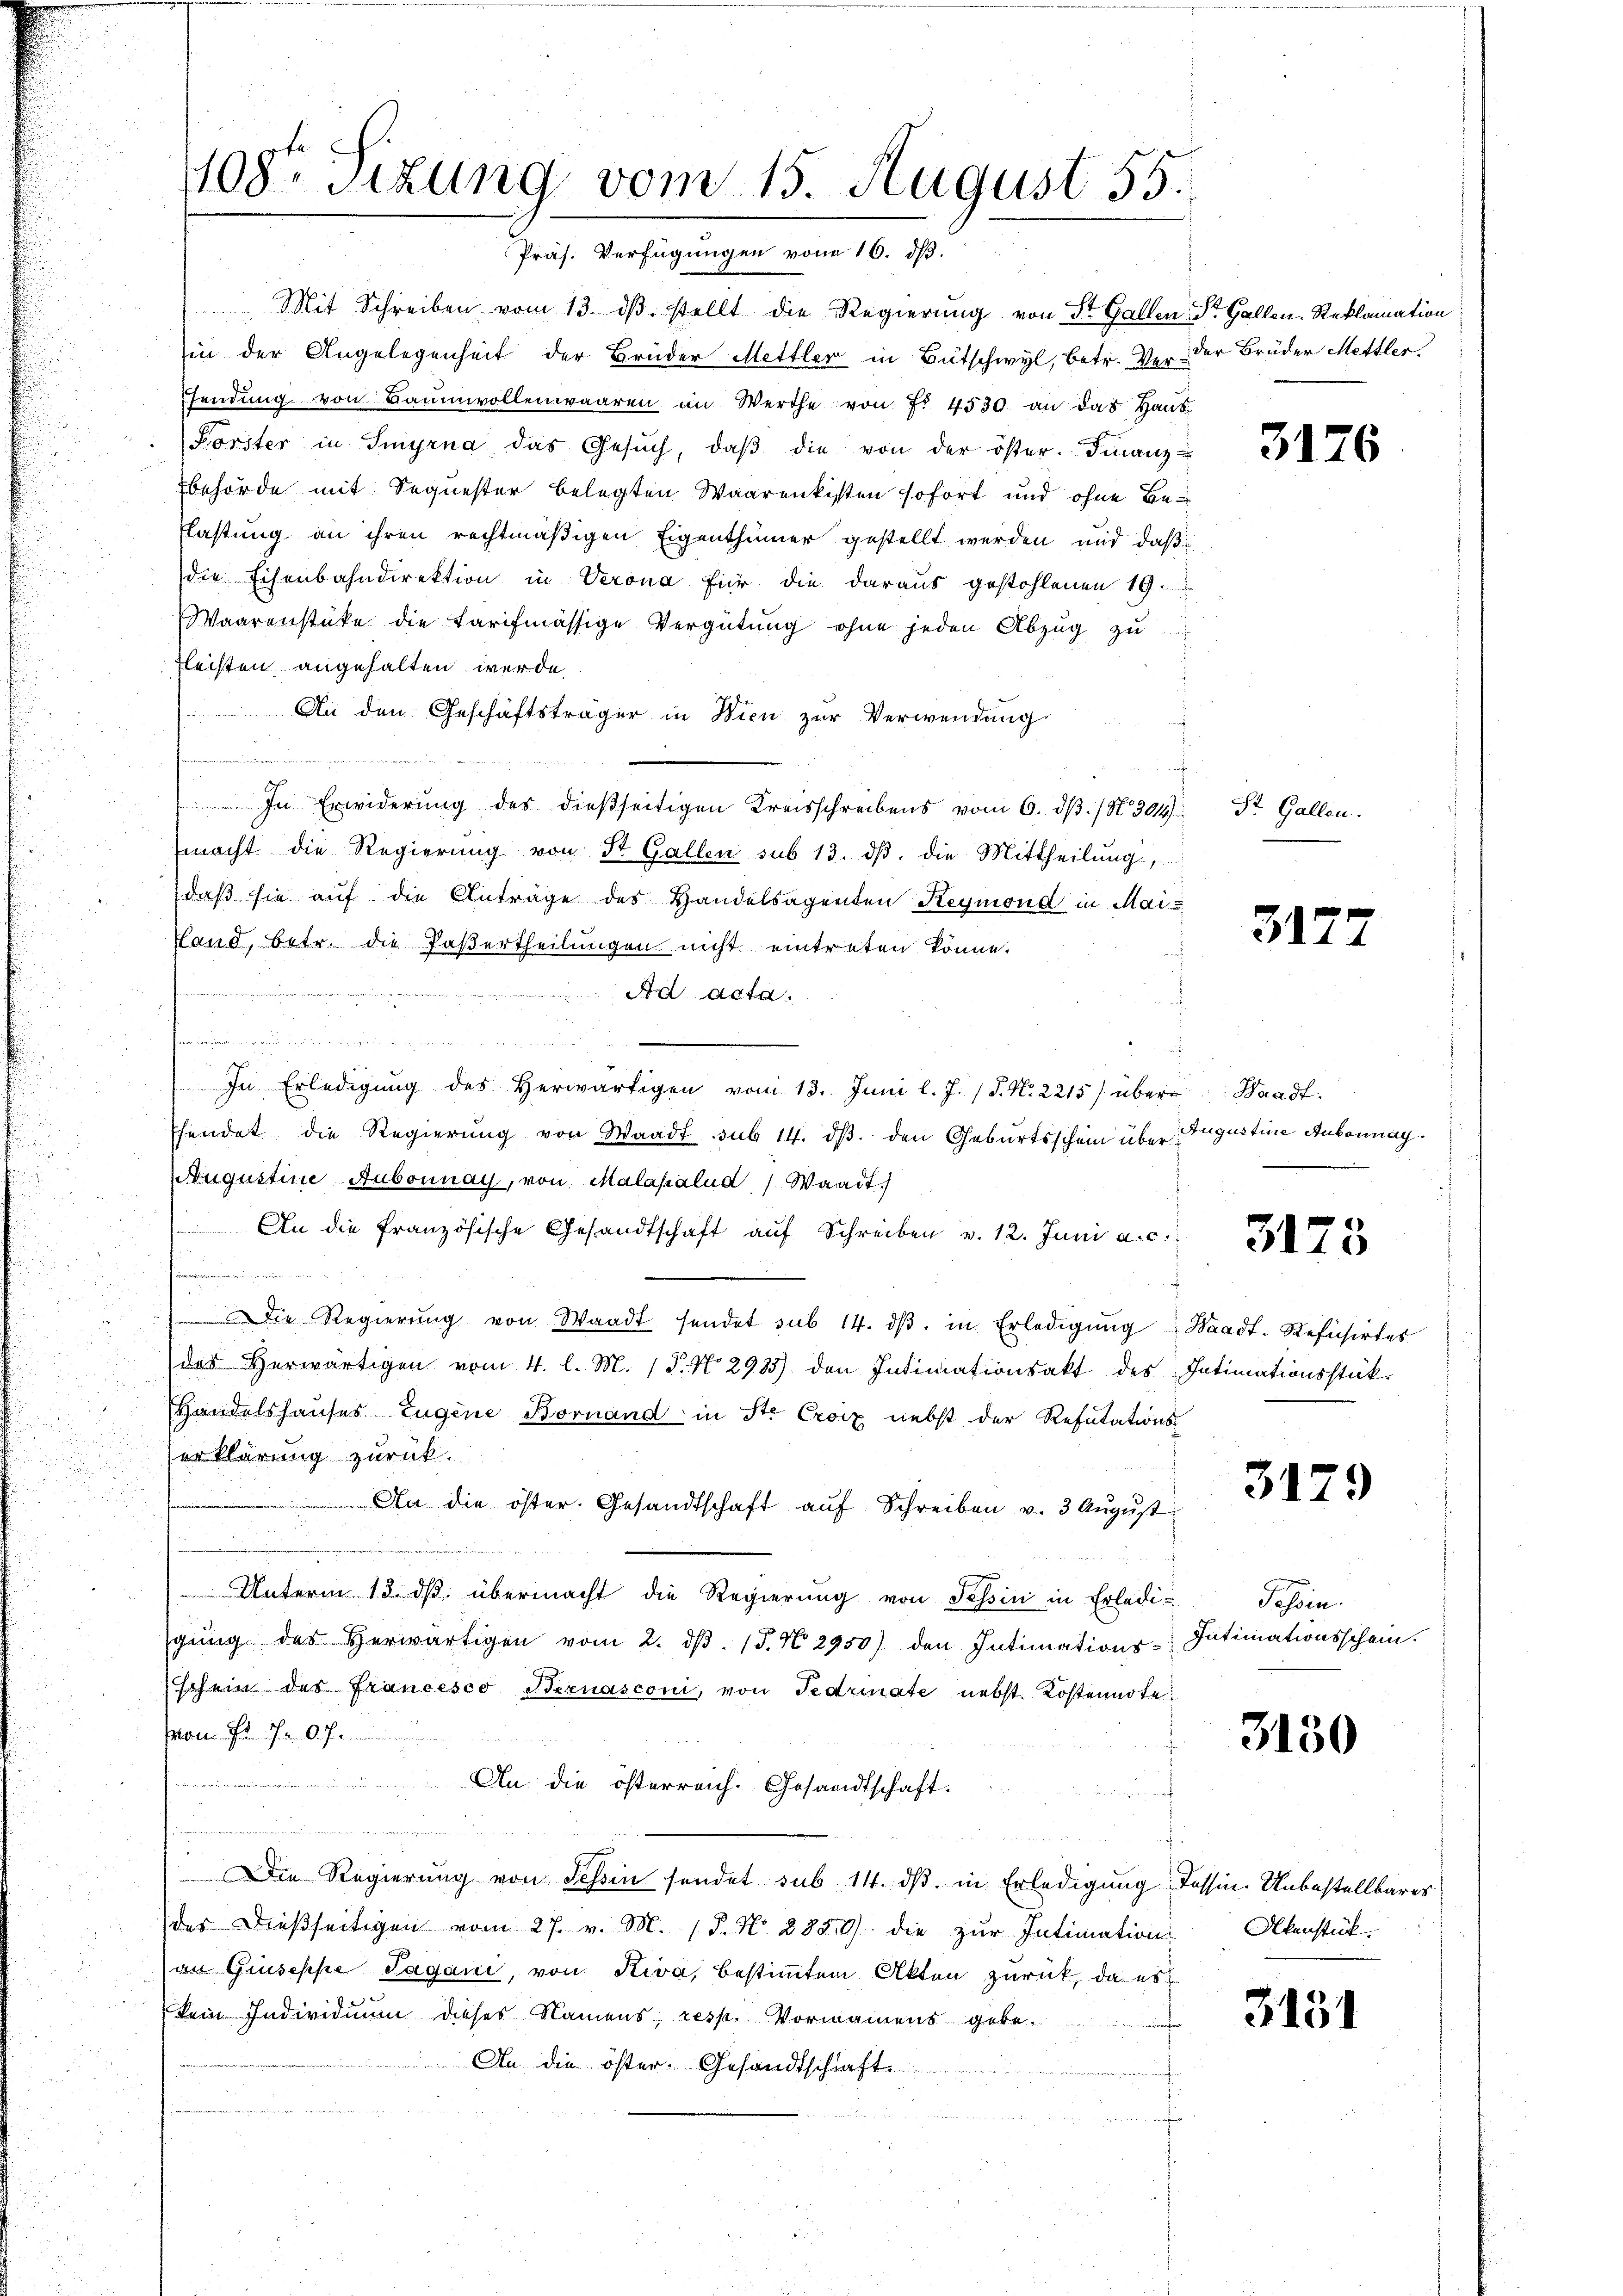
Mit Schreiben vom 13. dβ. stellt die Regierung von St. Gallen
in der Angelegenheit der Brüder Mettler in Bütschwyl, betr. Ver- der Brüder Mettler
endŭng von Bammvollenwaaren im Werthe von f. 4530 an das Haŭs-
Forster in Smyrna das Gesŭch, daβ die von der öster. Finanz-
Behörde mit Sequester belegten Waarenkisten sofort und ohne Beflastung an ihren rechtmäßigen Eigenthümer gestellt werden und daß
die Eisenbahndirektion in Verona für die daraus gestohlenen 19.
Waarenstüke die Tarifmässige Vergütung ohne jeden Abzug zu
Fleisten angehalten werde.
An den Geschäftsträger in Wien zur Verwendung
.
In Erwiderung des dießseitigen Kreisschreibens vom 6. dβ. / N. 304
macht die Regierŭng von St. Gallen sub 13. dβ. die Mittheilung,
daß sie auf die Anträge des Handelsagenten Reymond in Mai
Hand, betr. die Fasertheilungen nicht eintreten könne.
Ad acta.
n
e
In Erledigŭng des herwärtigen vom 13. Juni l. J. (T. N. 2215/ über Waadt.
Ehendet die Regierŭng von Waadt sub 14. dβ. den Geburtsschein über Augustine Aubonnag
Augustine Aubonnay, von Malapalud, Waadt
) An die französische Gesandtschaft auf Schreiben v. 12. Juni a. c.
.
u
Die Regierŭng von Waadt sendet sub 14. dβ. in Erledigŭng: Waadt-Refüsirtes
des herwärtigen vom 4. l. M. P. N. 2935) den Intimationsakt des Intimationsstük-
Handelshauses Eugene Bornand in St. Croix nebst der Resutations-
erklärung zurück.
An die öster. Gesandtschaft aŭf Schreiben v. 3. Aŭgŭst
Unterm 13. ds. übermacht die Regierung von Tessin in Erledi-
gŭng des herwärtigen vom 2. dβ. (§. N. 2950) den Intimations-Intimationsschein.
schein des Francesco Bernasconi, von Fedrinate nebst Kostennote
von Fr. a. O. J.
An die österreich. Gesandtschaft-
.
.
Die Regierung von Schin sendet sub 14. ds. in Erledigung Tessin. Unbestellbares
des dießseitigen vom 27. v. M. 18. No. 2850) die zŭr Intimation
an Gruseppe Sagani, von Riva, bestimmten Akten zurück, da es
kein Individuum dieses Namens, resp. Vornamens gebe
An die öster-Gesandtschaft

408. Sizung vom 15. August 55.
Präs. Verfügungen vom 16. ds.

Dr. Gallen. Reklamation

St. Gallen.

3176

31.

3173

3179

Tessin.

3150

Akenstück.

3151